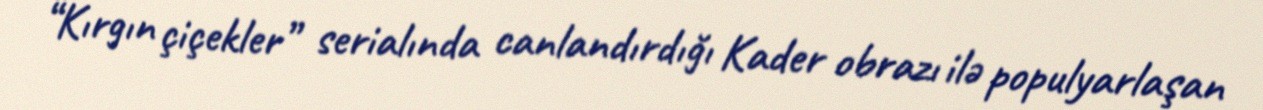
“Kırgın çiçekler” serialında canlandırdığı Kader obrazı ilə populyarlaşan